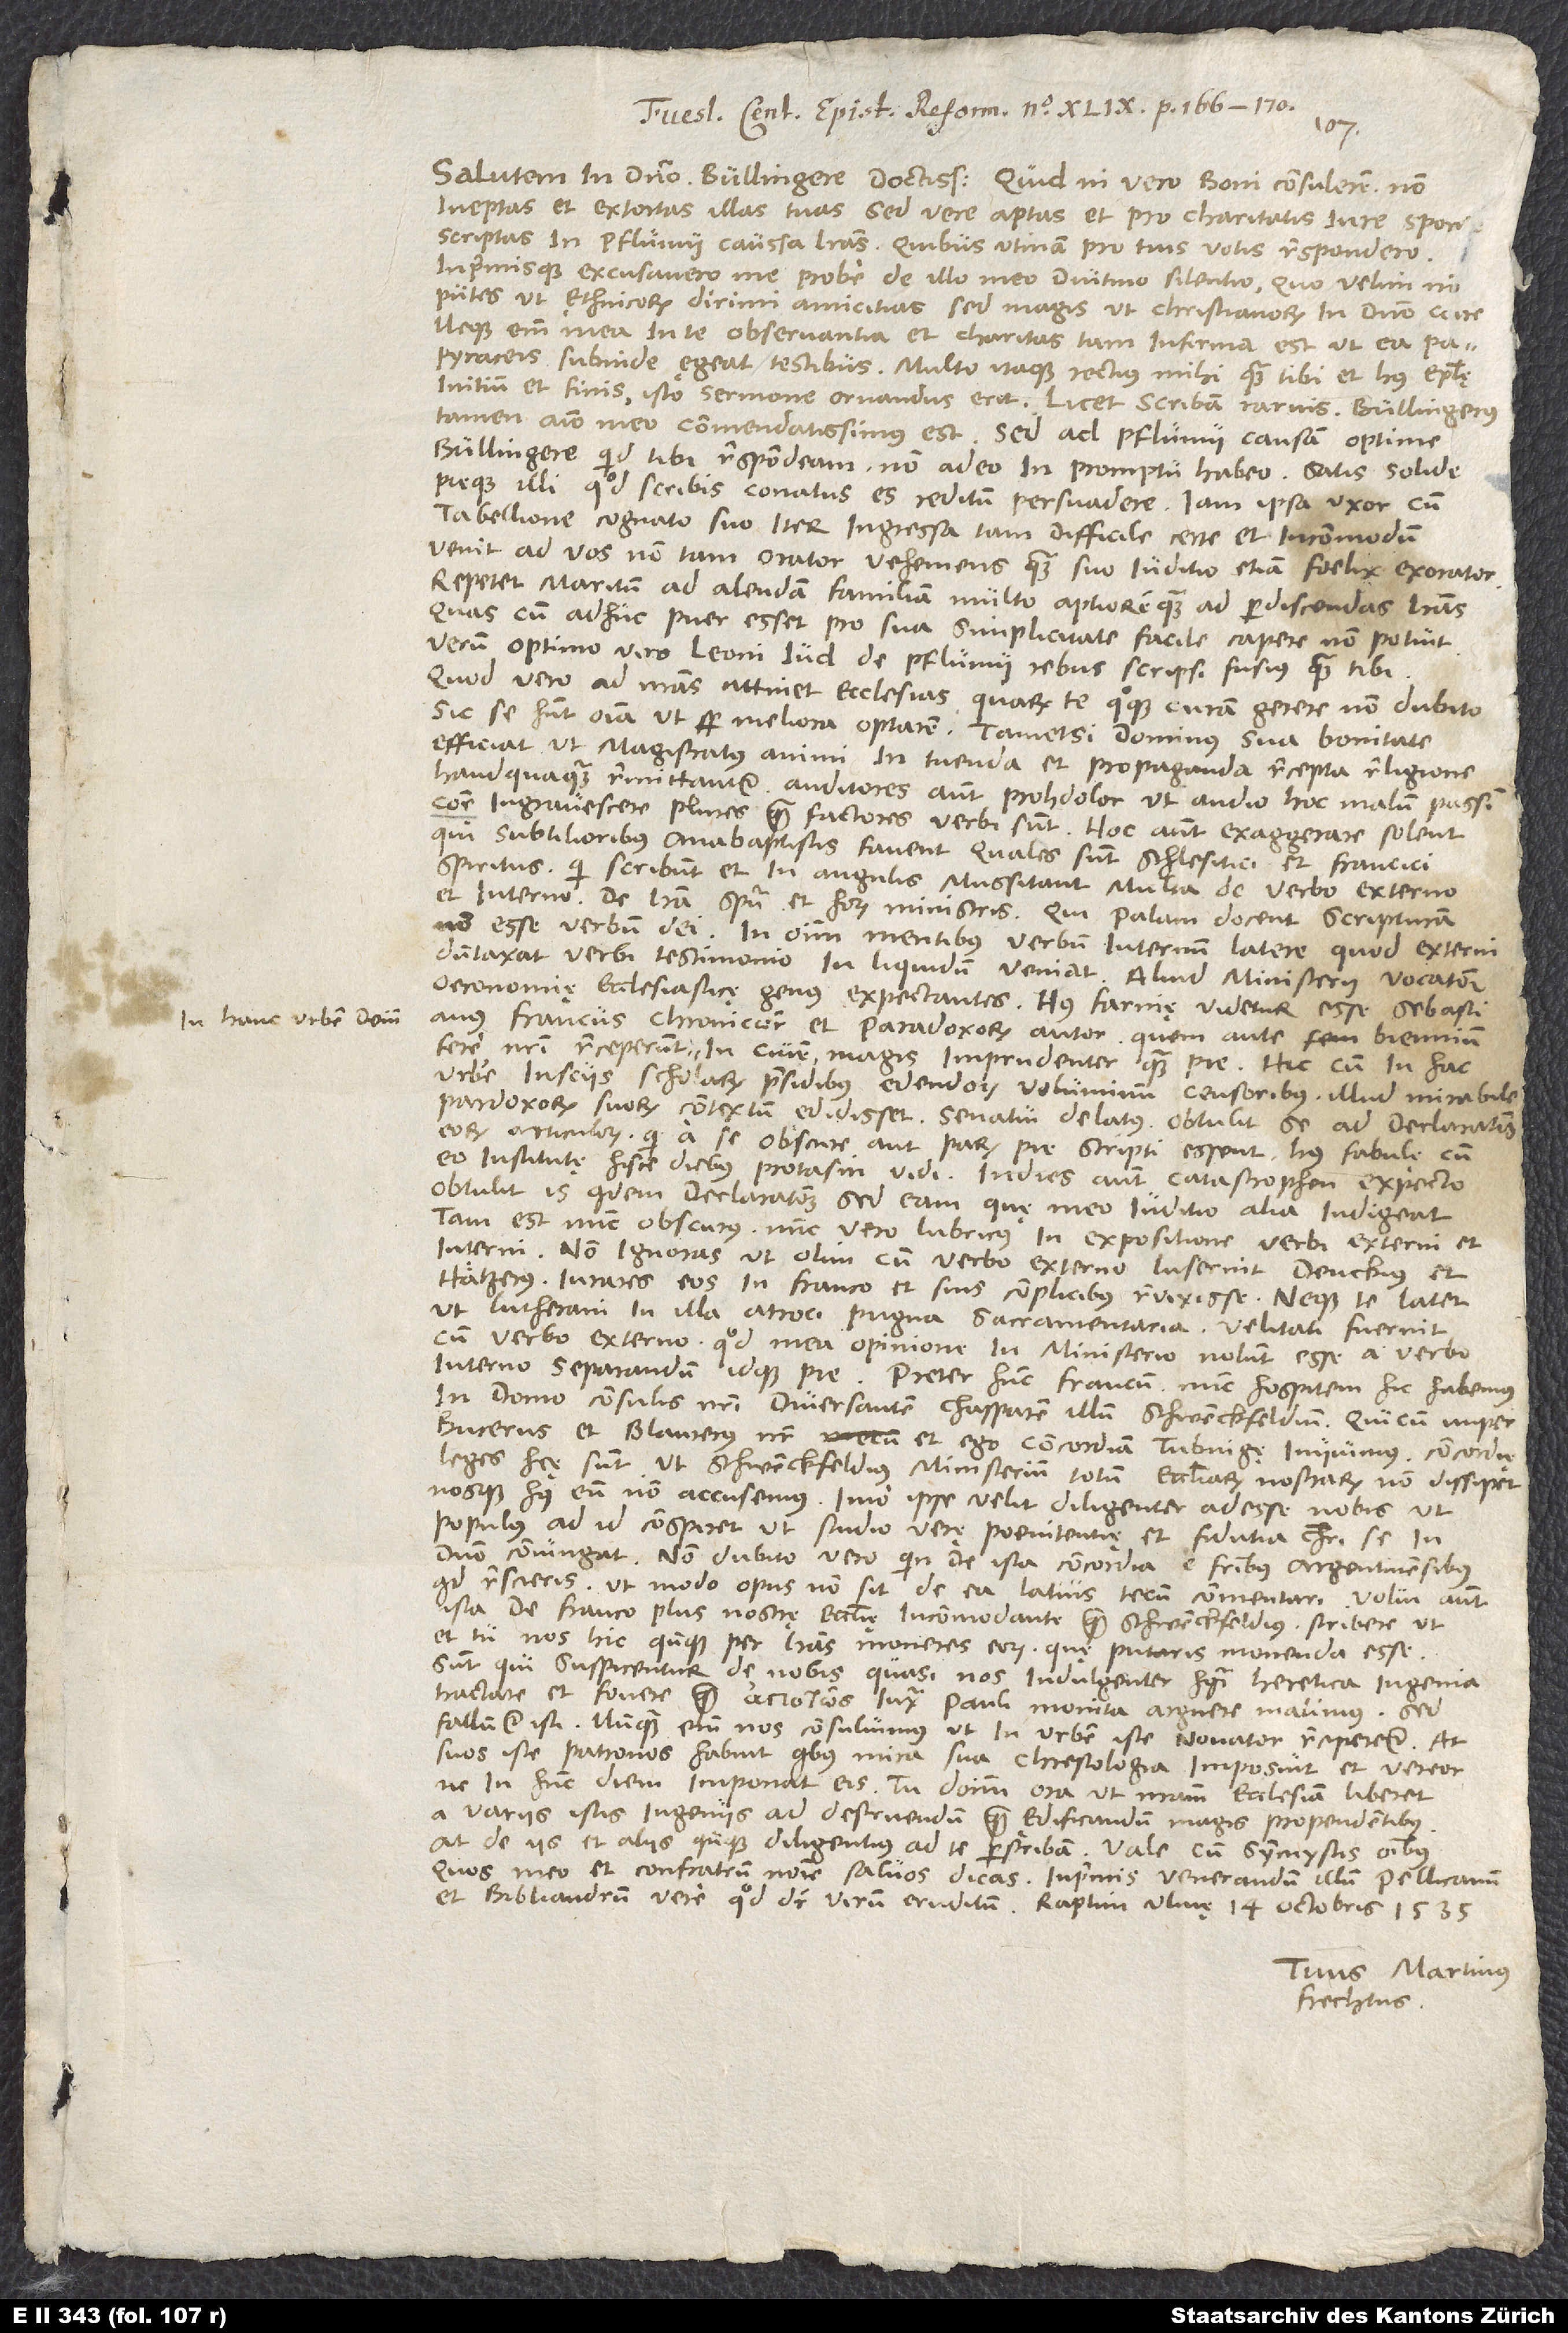
in hanc urbem, deinde

Salutem in domino, Bullingere doctissime. Quid ni vero boni consulerem non
ineptas et extortas illas tuas, sed vere aptas et pro charitatis iure sponte
scriptas in Pflumii caussa literas? Quibus, utinam pro tuis votis, respondero
inprimisque excusavero me probe de illo meo diutino silentio, quo velim non
putes ut ethnicorum dirimi amicitias, sed magis ut christianorum in domino coire.
Neque enim mea in te observantia et charitas tam infirma est, ut ea
papyraceis subinde ęgeat testibus. Multo itaque rectius mihi quam tibi et huius epistolę
initium et finis isto sermone ornandus erit: "Licet scribam rarius, Bullingerus
tamen animo meo commendatissimusSed ad Pflumii causam, optime
Bullingere, quid tibi respondeam, non adeo in promptu habeo. Satis solide
pieque illi, quod scribis, conatus es reditum persuadere. Iam ipsa uxor cum
tabellione, cognato suo, iter ingressa tam difficile certe et incommodum
venit ad vos non tam orator vehemens quam suo iuditio etiam foelix exorator.
Repetet maritum ad alendam familiam multo aptiorem quam ad perdiscendas literas,
quas, cum adhuc puer esset, pro sua simplicitate facile capere non potuit.
Verum optimo viro Leoni Iud de Pflumii rebus scripsi fusius quam tibi.
Quod vero ad nostras attinet ecclesias, quarum te quoque curam gerere non dubito,
sic se habent omnia, ut semper meliora optarem, tametsi dominus sua bonitate
efficiat, ut magistratus animi in tuenda et propaganda recepta religione
haudquaquam remittantur. Auditores autem, proh dolor, ut audio hoc malum passim
commune ingravescere, plures quam factores verbi sunt. Hoc autem exaggerare solent,
qui subtilioribus anabaptistis favent, quales sunt Schlesitici et Francici
spiritus, qui scribunt et in angulis mussitant multa de verbo externo
et interno, de litera, spiritu, et horum ministris, qui palam docent scripturam
non esse verbum dei, in omnium mentibus verbum internum latere, quod externi
duntaxat verbi testimonio in liquidum veniat, aliud ministerii, vocationis,
oeconomię ecclesiasticę genus expectantes. Huius farinę videtur esse Sebastianus
Francus, chronicorum et paradoxorum autor, quem ante biennium
urbe insciis scholarum praesidibus, edendorum voluminum censoribus, illud mirabile
Paradoxorum suorum contextum ędidisset, senatui delatus obtulit se ad declarationem
eorum articulorum, qui a se obscure aut parum pie scripti essent. Huius fabulę cum
eo institutę hisce diebus protasin vidi, indies autem catastrophen expecto.
Obtulit is quidem declarationem, sed eam, quę meo iuditio alia indigeat,
tam est nunc obscurus, nunc vero lubricus in expositione verbi externi et
interni. Non ignoras, ut olim cum verbo externo luserint Denckius et
Hätzerus; iurares eos in Franco et suis complicibus revixisse. Neque te latet,
ut Lutherani in illa atroci pugna sacramentaria velitati fuerint
cum verbo externo, quod mea opinione in ministerio nolunt esse a verbo
interno separandum idque pie. Preter hunc Francum nunc hospitem hic habemus
in domo consulis nostri diversantem Chasparem illum Schwenckfeldium, quicum nuper
Bucerus et Blaurerus noster et ego concordiam Tubingę iniivimus. Condordię
leges hęe sunt, ut Schwenckfeldius ministerium totum ecclesiarum nostrarum non dissipet
nosque huius eum non accusemus, imo ipse velit diligenter adesse nobis, ut
populus ad id conspiret, ut studio verę poenitentię et fidutia Christi se in
domino coniungat. Non dubito vero, quin de ista concordia fratribus Argentinensibus
quid rescieris, ut modo opus non sit de ea latius tecum commentari. Volui autem
ista de Franco plus nostrę ecclesię incommodante quam Schwenckfeldius scribere, ut
et tu nos hic quandoque per literas moneres eorum, quę putaris monenda esse.
Sunt, qui suspicentur de nobis, quasi nos indulgenter huiusmodi heretica ingenia
tractare et fovere quam iuxta Pauli monita arguere malimus. Sed
falluntur isti; nunquam enim nos consuluimus, ut in urbem iste novator reciperetur. At
suos iste patronos habuit, quibus mira sua chrestologia imposuit, et vereor,
ne in hunc diem imponat eis. Tu dominum ora, ut nostram ecclesiam liberet
a variis istis ingenus ad destruendum quam ędificandum magis propendentibus.
At de iis et aliis quandoque diligentius ad te perscribam. Vale cum symmystis omnibus,
quos meo et confratrum nomine salvos dicas, inprimis venerandum illum Pellicanum
et Bibliandrum, vere, quod dicitur, virum eruditum. Raptim, Ulmę, 14. octobris 1535.
Tuus Martinus
Frechtus.